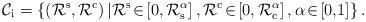
LaTeX: \begin{align*}\mathcal{C}_{\rm{i}}=\left\{\left({\mathcal{R}}^{\rm{s}},{\mathcal{R}}^{\rm{c}}\right)|{\mathcal{R}}^{\rm{s}}\!\in\!\left[0,\mathcal{R}_{\rm{s}}^{\alpha}\right],{\mathcal{R}}^{\rm{c}}\!\in\!\left[0,\mathcal{R}_{\rm{c}}^{\alpha}\right],\alpha\!\in\!\left[0,\!1\right]\right\}.\end{align*}